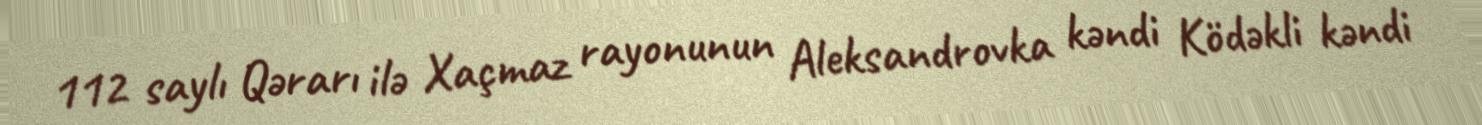
112 saylı Qərarı ilə Xaçmaz rayonunun Aleksandrovka kəndi Ködəkli kəndi